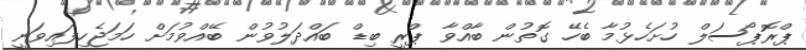
ޕްރޮޕޯސަލް ހުށަހެޅުމާ ބެހޭ ގޮތުން ބާއްވާ ޕްރީ ބިޑް ބައްދަލުވުން ބޭއްވުމަށް ހަމަޖެހިފައިވަނީ